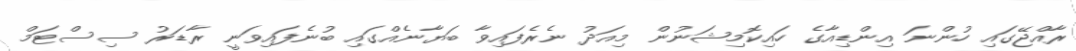
ރާއްޖޭގައި ހުންނަ އިންޑިއާގެ ހައިކޮމިޝަނުން މިއަދު ނެރެފައިވާ ބަޔާނެއްގައި ބުނެފައިވަނީ ރާޑަރު ސިސްޓަމް